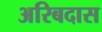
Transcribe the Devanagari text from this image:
अरिबदास